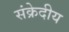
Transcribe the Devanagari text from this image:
संक्रेदीय